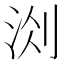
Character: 𭰐